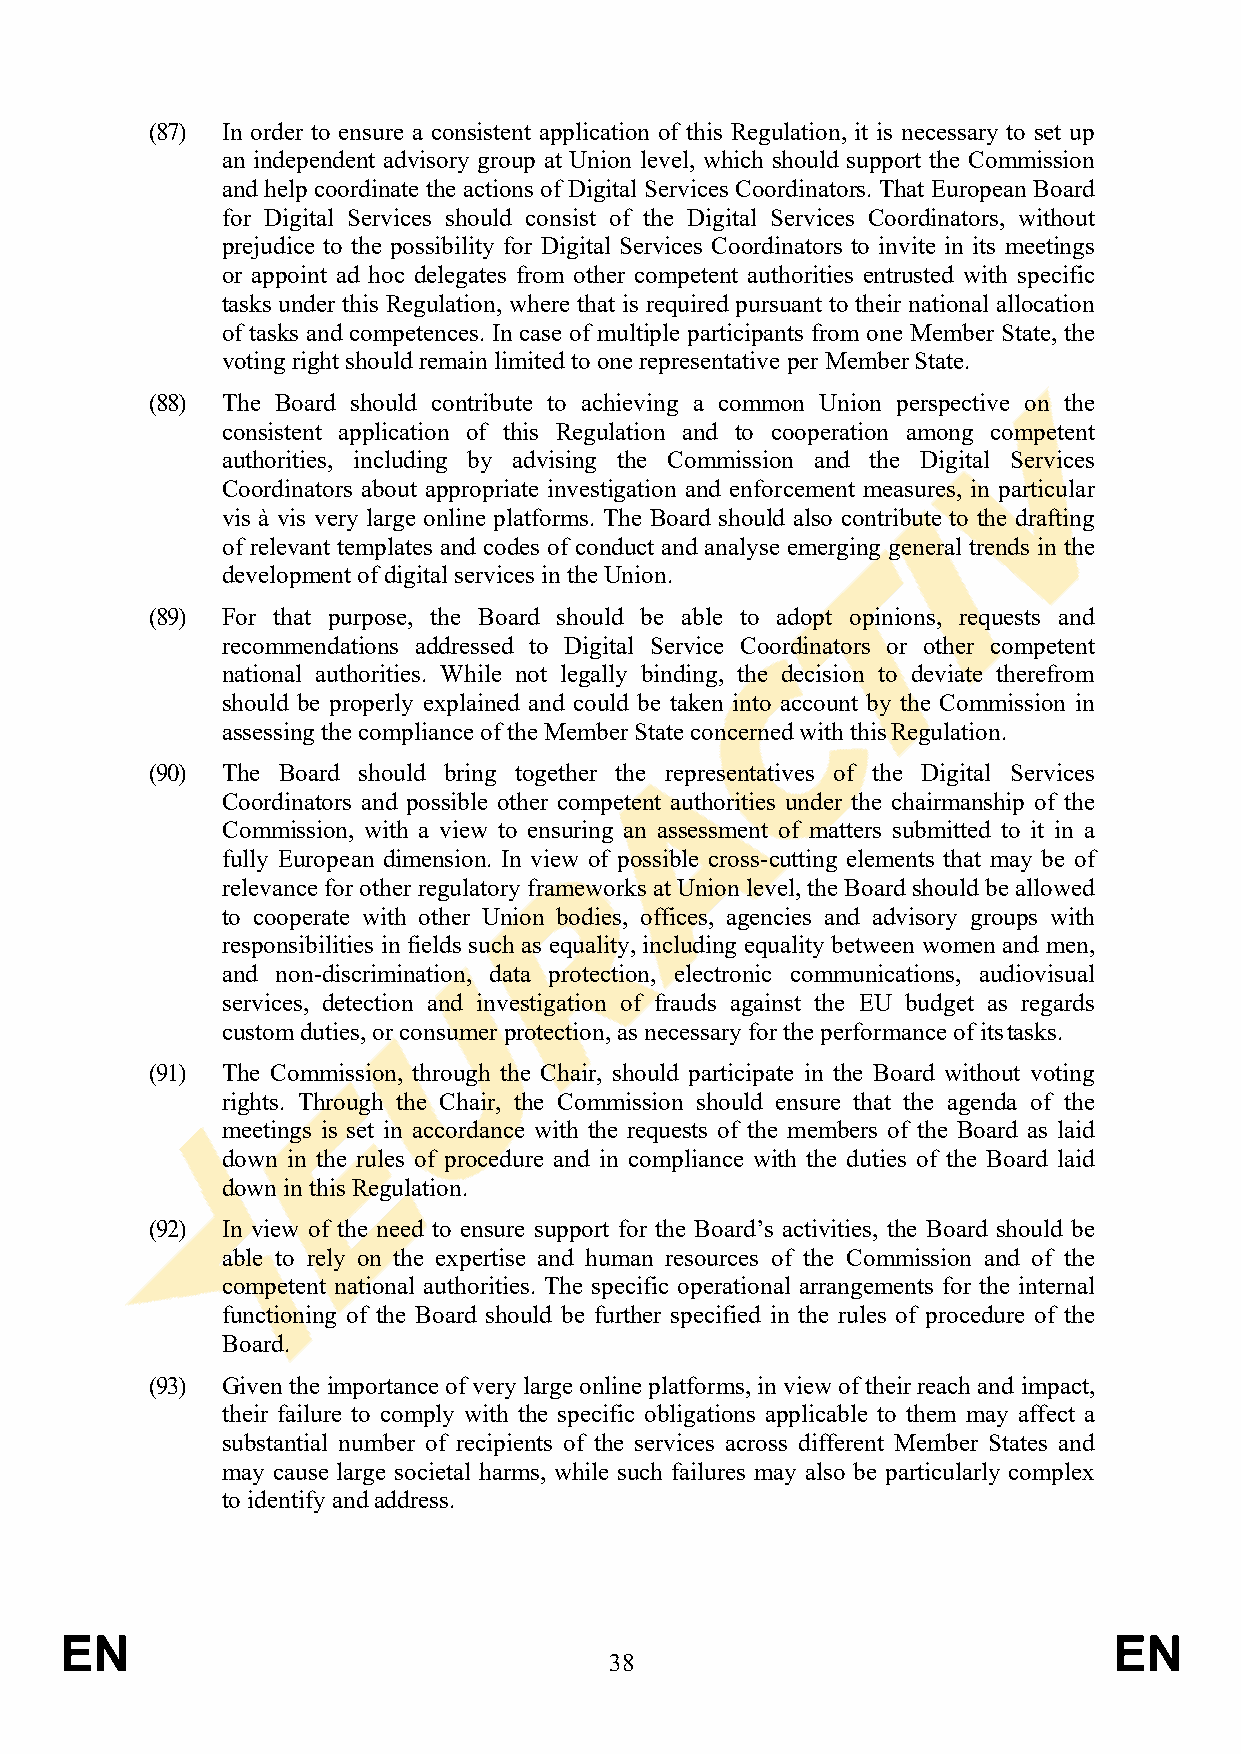
(87) In order to ensure a consistent application of this Regulation, it is necessary to set up
 an independent advisory group at Union level, which should support the Commission
 and help coordinate the actions of Digital Services Coordinators. That European Board
 for Digital Services should consist of the Digital Services Coordinators, without
 prejudice to the possibility for Digital Services Coordinators to invite in its meetings
 or appoint ad hoc delegates from other competent authorities entrusted with specific
 tasks under this Regulation, where that is required pursuant to their national allocation
 of tasks and competences. In case of multiple participants from one Member State, the
 voting right should remain limited to one representative per Member State.
 (88) The Board should contribute to achieving a common Union perspective on the
 consistent application of this Regulation and to cooperation among competent
 authorities, including by advising the Commission and the Digital Services
 Coordinators about appropriate investigation and enforcement measures, in particular
 vis à vis very large online platforms. The Board should also contribute to the drafting
 of relevant templates and codes of conduct and analyse emerging general trends in the
 development of digital services in the Union.
 (89) For that purpose, the Board should be able to adopt opinions, requests and
 recommendations addressed to Digital Service Coordinators or other competent
 national authorities. While not legally binding, the decision to deviate therefrom
 should be properly explained and could be taken into account by the Commission in
 assessing the compliance of the Member State concerned with this Regulation.
 (90) The Board should bring together the representatives of the Digital Services
 Coordinators and possible other competent authorities under the chairmanship of the
 Commission, with a view to ensuring an assessment of matters submitted to it in a
 fully European dimension. In view of possible cross-cutting elements that may be of
 relevance for other regulatory frameworks at Union level, the Board should be allowed
 to cooperate with other Union bodies, offices, agencies and advisory groups with
 responsibilities in fields such as equality, including equality between women and men,
 and non-discrimination, data protection, electronic communications, audiovisual
 services, detection and investigation of frauds against the EU budget as regards
 custom duties, or consumer protection, as necessary for the performance of its tasks.
 (91) The Commission, through the Chair, should participate in the Board without voting
 rights. Through the Chair, the Commission should ensure that the agenda of the
 meetings is set in accordance with the requests of the members of the Board as laid
 down in the rules of procedure and in compliance with the duties of the Board laid
 down in this Regulation.
 (92) In view of the need to ensure support for the Board’s activities, the Board should be
 able to rely on the expertise and human resources of the Commission and of the
 competent national authorities. The specific operational arrangements for the internal
 functioning of the Board should be further specified in the rules of procedure of the
 Board.
 (93) Given the importance of very large online platforms, in view of their reach and impact,
 their failure to comply with the specific obligations applicable to them may affect a
 substantial number of recipients of the services across different Member States and
 may cause large societal harms, while such failures may also be particularly complex
 to identify and address.
 EN                                                                    EN
 38